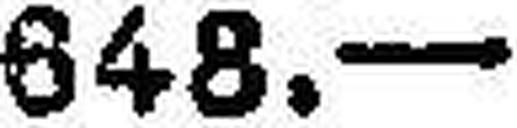
648.—